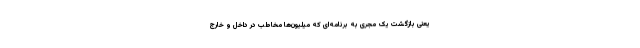
یعنی بازگشت یک مجری به برنامه‌ای که میلیون‌ها مخاطب در داخل و خارج